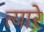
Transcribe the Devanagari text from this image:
त्यारे